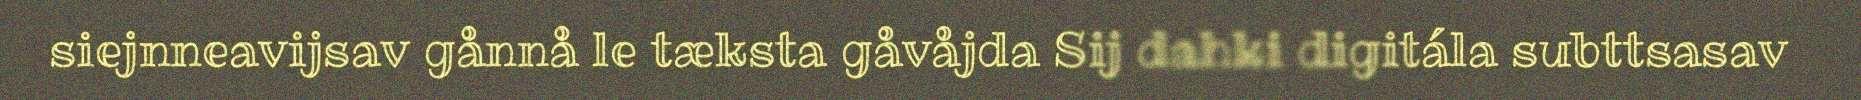
siejnneavijsav gånnå le tæksta gåvåjda Sij dahki digitála subttsasav